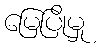
မြေပြိုမှု